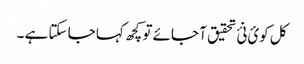
کل کوئ نئ تحقیق آ جائے تو کچھ کہا جا سکتا ہے ۔